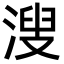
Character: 溲